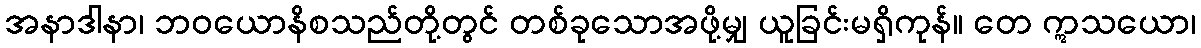
အနာဒါနာ၊ ဘဝယောနိစသည်တို့တွင် တစ်ခုသောအဖို့မျှ ယူခြင်းမရှိကုန်။ တေ ဣသယော၊